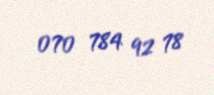
070 784 92 78